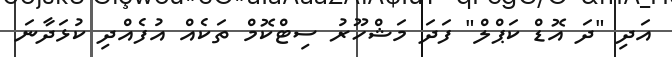
އަދި "ދަ އޮޑް ކަޕްލް" ފަދަ މަޝްހޫރު ސިޓްކޮމް ތަކެއް އުފެއްދި ކުޅަދާނަ